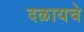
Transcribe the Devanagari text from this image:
दळायचे